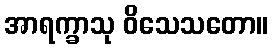
အာရက္ခာသု ဝိသေသတော။